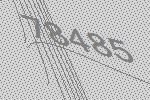
78485